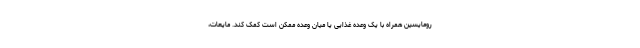
رومایسین همراه با یک وعده غذایی یا میان وعده ممکن است کمک کند. مایعات،